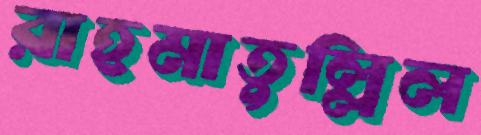
রাহমাতুল্লিল